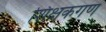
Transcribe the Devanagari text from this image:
शिक्षकगण